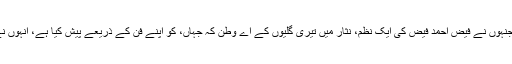
کچھ ایسی ہی کوشش سید جمال شاہ نے بھی کی ہے جنہوں نے فیض احمد فیض کی ایک نظم، نثار میں تیری گلیوں کے اے وطن کہ جہاں، کو اپنے فن کے ذریعے پیش کیا ہے، انہوں نے اپنے آرٹ ورک کا نام سیچوئیشن 101 رکھا ہے۔